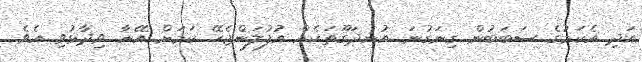
އަދި އެކަމުގެ ސަބަބުން ގިނަގުނަ އުނދަގޫތަކެއް އުފުލަންޖެހޭ ކަމަށް އޭނާ ވިދާޅުވި އެވެ.